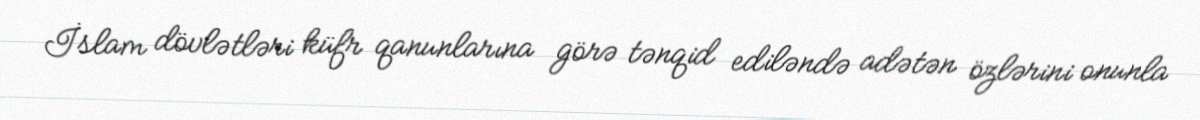
İslam dövlətləri küfr qanunlarına görə tənqid ediləndə adətən özlərini onunla